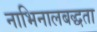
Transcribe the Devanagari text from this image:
नाभिनालबद्धता